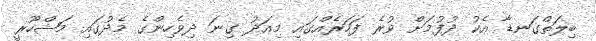
ބިލަތްގަނޑާ އެކު ދުފުމަށް ވުރެ ފަހަރެއްގައި މިއަދު ގިނަ ދިވެހިންގެ މެދުގައި މަޝްހޫރީ